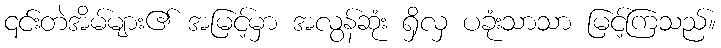
၎င်းတဲအိမ်များ၏ အမြင့်မှာ အလွန်ဆုံး ရှိလှ ပခုံးသာသာ မြင့်ကြသည်။